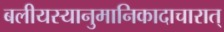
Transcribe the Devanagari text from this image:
बलीयस्यानुमानिकादाचारात्